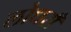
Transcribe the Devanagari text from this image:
लोधराँ